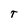
Character: T